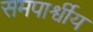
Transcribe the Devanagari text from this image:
समपार्श्वीय